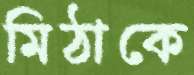
মিঠাকে